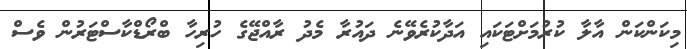
މިކަންކަން އާލާ ކުރުމަށްޓަކައި އަދާކުރެވޭނެ ދައުރާ މެދު ރާއްޖޭގެ ހުރިހާ ބްރޯޑްކާސްޓަރުން ވެސް